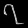
Digit: ၇